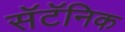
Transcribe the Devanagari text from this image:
सॅटॅनिक